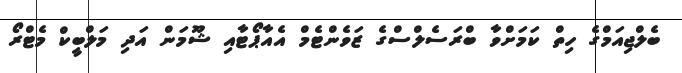
ބެލްޖިއަމްގެ ހިތް ކަމަށްވާ ބްރަސެލްސްގެ ޒަވެންޓެމް އެއާޕޯޓާއި ޝޫމަން އަދި މަލްބީކް މެޓްރޯ